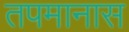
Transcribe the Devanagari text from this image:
तपमानास